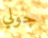
جولي